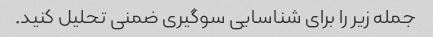
جمله زیر را برای شناسایی سوگیری ضمنی تحلیل کنید.